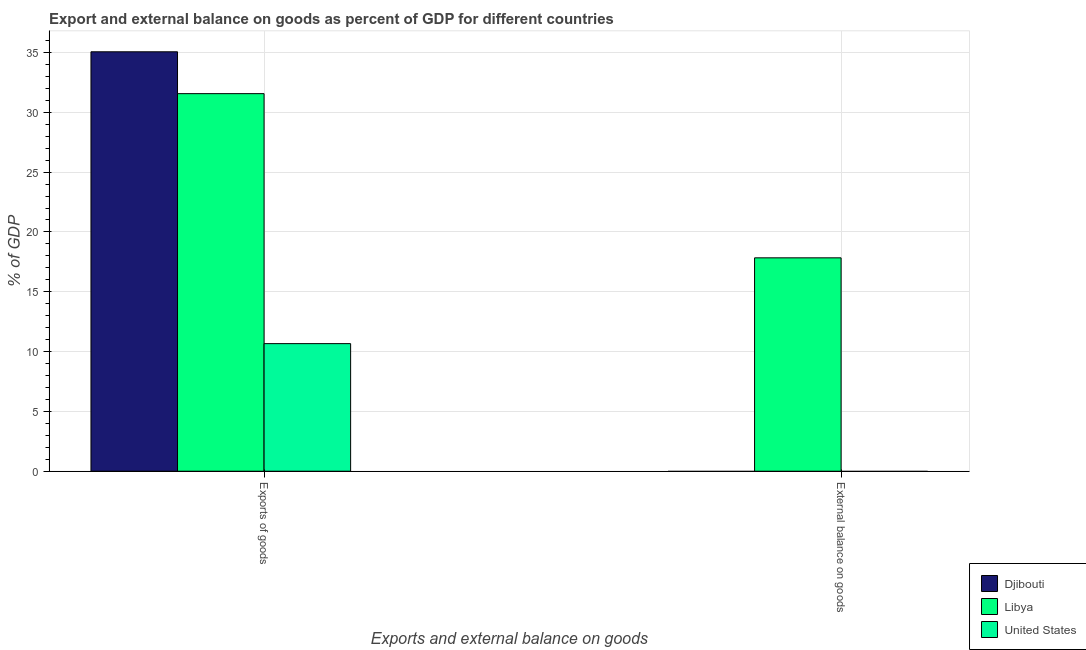
| Exports and external balance on goods | Djibouti | Libya | United States |
 | --- | --- | --- | --- |
 | Exports of goods | 35.1 | 31.6 | 10.7 |
 | External balance on goods | -15.3 | 17.8 | -3.65 |